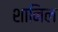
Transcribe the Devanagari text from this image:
शानिल